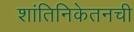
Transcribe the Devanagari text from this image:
शांतिनिकेतनची